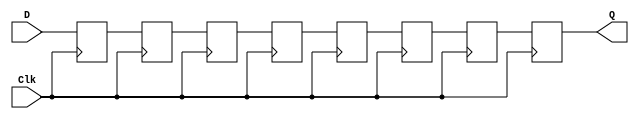
module inSieve (D, Q, Clk);

input D;
input Clk;

output Q;

reg q1, q2, q3, q4, q5, q6, q7, q8;

assign Q = q8;

always @ (posedge Clk)
begin
q1 <= D;
q2 <= q1;
q3 <= q2;
q4 <= q3;
q5 <= q4;
q6 <= q5;
q7 <= q6;
q8 <= q7;
end


endmodule